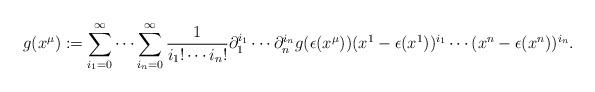
LaTeX: \begin{align*}g(x^{\mu}):=\sum_{i_1=0}^{\infty}\cdots\sum_{i_n=0}^{\infty}\frac{1}{i_1!\cdots i_n!}\partial_1^{i_1}\cdots \partial_n^{i_n}g(\epsilon(x^{\mu})) (x^1-\epsilon(x^1))^{i_1}\cdots(x^n-\epsilon(x^n))^{i_n}.\end{align*}